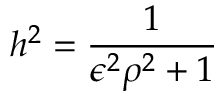
h ^ { 2 } = \frac { 1 } { \epsilon ^ { 2 } \rho ^ { 2 } + 1 }